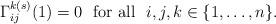
LaTeX: \begin{align*}\Gamma^{k(s)}_{ij}(1)=0\ \ \textup{for all}\ \ i,j,k\in \{1,\ldots,n\}.\end{align*}